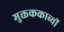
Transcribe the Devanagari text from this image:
मुक्तककाव्यों